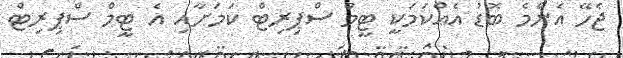
ޖެހޭ އެންމެ ބޮޑު އެއްކަމަކީ ޓީމް ސްޕިރިޓް ކަމަށާއި އެ ޓީމް ސްޕިރިޓް